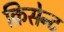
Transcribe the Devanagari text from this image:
क्रिसेन्‍ट